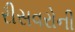
રીસવરોની